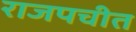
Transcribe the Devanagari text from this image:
राजपचीत